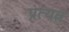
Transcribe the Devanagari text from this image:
प्रत्यत्न